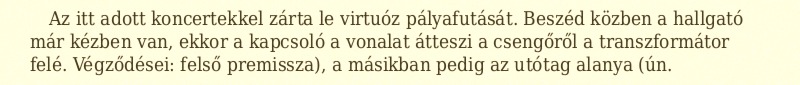
Az itt adott koncertekkel zárta le virtuóz pályafutását. Beszéd közben a hallgató már kézben van, ekkor a kapcsoló a vonalat átteszi a csengőről a transzformátor felé. Végződései: felső premissza), a másikban pedig az utótag alanya (ún.